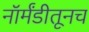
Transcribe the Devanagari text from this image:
नॉर्मंडीतूनच